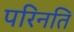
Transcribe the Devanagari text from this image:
परिनति